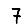
Digit: 7